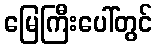
မြေကြီးပေါ်တွင်